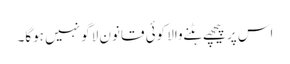
اس پر پیچھے ہٹنے والا کوئی قانون لاگو نہیں ہوگا۔